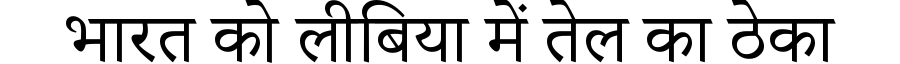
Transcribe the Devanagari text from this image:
भारत को लीबिया में तेल का ठेका